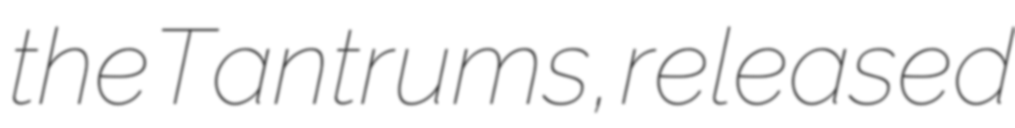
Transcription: the Tantrums, released